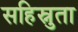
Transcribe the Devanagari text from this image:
सहिस्नुता